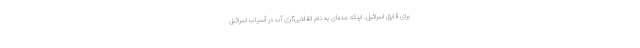
برای قایق اسرائیل. اینکه عده‌ای به نام انقلابی‌گری آب در آسیاب اسرائیل